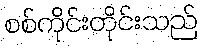
စစ်ကိုင်းတိုင်းသည်